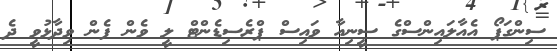
ސިންގަޕޯ އެއާލައިންސްގެ ސީނިއާ ވައިސް ޕްރެސިޑެންޓް ލީ ވެން ފެން ވިދާޅުވީ ދެ